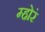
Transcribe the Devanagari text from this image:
म्होरं